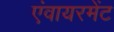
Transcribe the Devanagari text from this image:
एंवायरमेंट